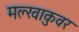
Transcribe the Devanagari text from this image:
मल्खाकुवर